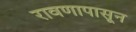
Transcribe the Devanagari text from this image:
रावणापासून